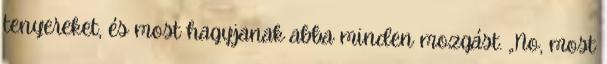
tenyereket, és most hagyjanak abba minden mozgást. „No, most